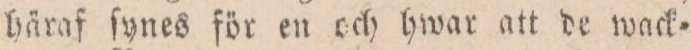
häraf fynes för för en och hwar att de wack=